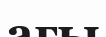
ағы